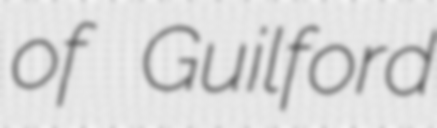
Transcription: of Guilford